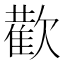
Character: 𭭕